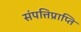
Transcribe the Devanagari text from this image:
संपत्तिप्राप्ति